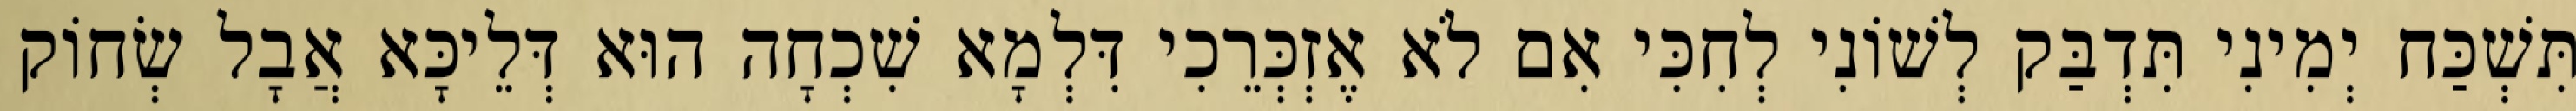
תִּשְׁכַּח יְמִינִי תִּדְבַּק לְשׁוֹנִי לְחִכִּי אִם לֹא אֶזְכְּרֵכִי דִּלְמָא שִׁכְחָה הוּא דְּלֵיכָּא אֲבָל שְׂחוֹק